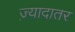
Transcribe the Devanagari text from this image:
ज्‍़यादातर